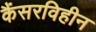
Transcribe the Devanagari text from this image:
कैंसरविहीन